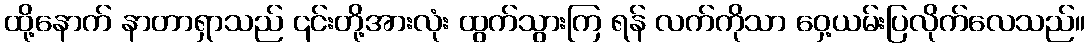
ထို့နောက် နာတာရှာသည် ၎င်းတို့အားလုံး ထွက်သွားကြ ရန် လက်ကိုသာ ဝှေ့ယမ်းပြလိုက်လေသည်။